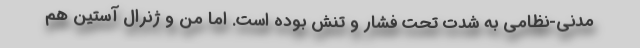
مدنی-نظامی به شدت تحت فشار و تنش بوده است. اما من و ژنرال آستین هم